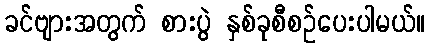
ခင်ဗျားအတွက် စားပွဲ နှစ်ခုစီစဉ်ပေးပါမယ်။